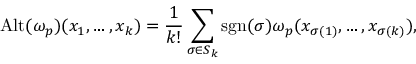
\operatorname { A l t } ( \omega _ { p } ) ( x _ { 1 } , \dots , x _ { k } ) = { \frac { 1 } { k ! } } \sum _ { \sigma \in S _ { k } } \operatorname { s g n } ( \sigma ) \omega _ { p } ( x _ { \sigma ( 1 ) } , \dots , x _ { \sigma ( k ) } ) ,